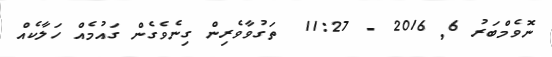
ނޮވެމްބަރު 6